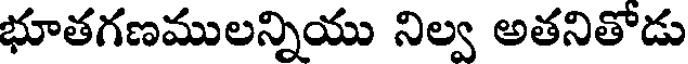
భూతగణములన్నియు నిల్వ అతనితోడు